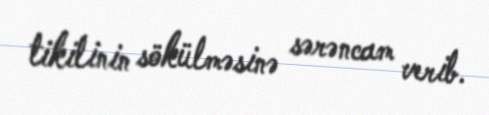
tikilinin sökülməsinə sərəncam verib.